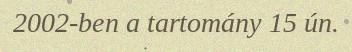
2002-ben a tartomány 15 ún.